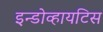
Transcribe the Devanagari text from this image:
इन्डोव्हायटिस